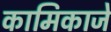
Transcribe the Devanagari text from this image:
कामिकाजे